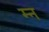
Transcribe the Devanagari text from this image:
म्न